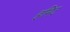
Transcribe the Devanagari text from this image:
हमिट